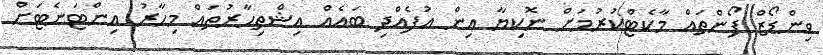
ވިންޑޯޒް ފޯންތައް މާކެޓްކުރުމަށް ނޮކިޔާ އިން އުފެއްދި ބައެއް އިޝްތިހާރުތައް މިހާރު އިންޓަނެޓަށް